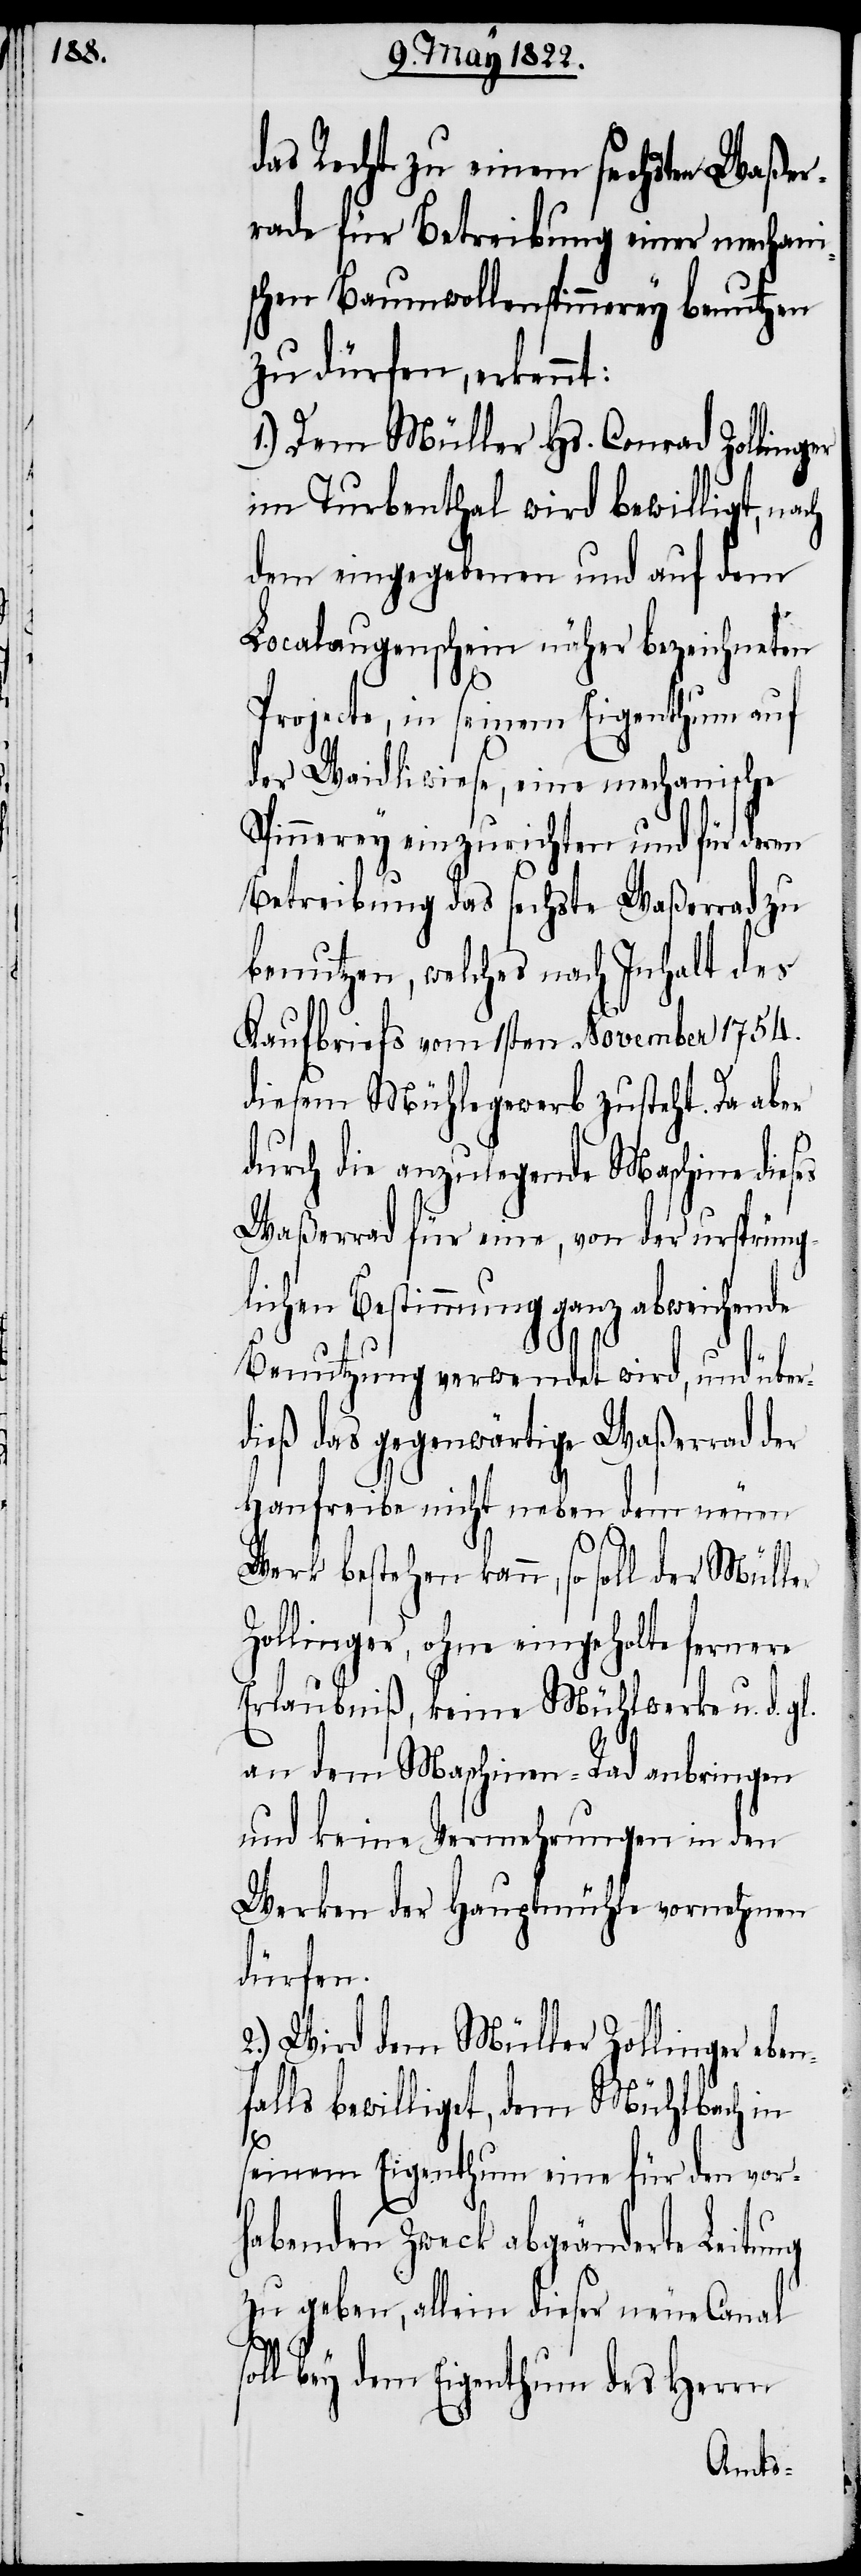
das Recht zu einem sechsten Waßer¬
rade für Betreibung einer mechani¬
schen Baumwollspinnerey benutzen
zu dürfen, erkennt:
1.) Dem Müller Hs. Conrad Zollinger
im Turbenthal wird bewilligt, na¬
dem eingehenden und auf dem
Localaugenschein näher bezeichneten
ch
Projecte, in seinem Eigenthum auf
der Waidliwiese, eine mechanische
Spinnerey einzurichten und für deren
Betreibung das sechste Waßerrad zu
benutzen, welches nach Inhalt des
Kaufbriefs vom 1sten November 1754.
diesem Mühlegewerb zugesteht. Da aber
durch die anzulegende Maschine dieses
Waßerrad für eine, von der ursprüng¬
lichen Bestimmung ganz
Benutzung verwendet wird, und über¬
dieß das gegenwärtige Waßerrad der
Hanfreibe nicht neben dem neuen
Werk bestehen kann, so soll der Müller
Zollinger, ohne eingeholte fernere
Erlaubniß, keine Mühlwerke u. d.
an dem Maschinen-Rad anbringen
und keine Vermehrungen in den
Werken der Hauptmühle vornehmen
dürfen.
2.) Wird dem Müller Zollinger eben¬
falls bewilliget, dem Mühlbach in
s¬
seinem Eigenthum eine für den vor¬
habenden Zweck abgeänderte Leitung
zu geben, allein dieser neue Canal
oll bey dem Eigenthum des Herrn